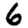
Digit: 6